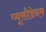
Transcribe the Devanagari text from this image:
प्यूसीडेनम